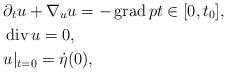
LaTeX: \begin{align*} &\partial_tu + \nabla_{u} u = - \operatorname{grad}pt \in [0,t_{0}], \\ &\operatorname{div} u=0,\\ &u|_{t=0} = \dot{\eta}(0), \end{align*}